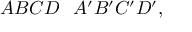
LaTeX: A B C D \doublebarwedge A ^ { \prime } B ^ { \prime } C ^ { \prime } D ^ { \prime } ,